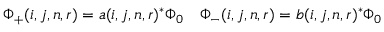
\Phi _ { + } ( i , j , n , r ) = a ( i , j , n , r ) ^ { * } \Phi _ { 0 } \quad \Phi _ { - } ( i , j , n , r ) = b ( i , j , n , r ) ^ { * } \Phi _ { 0 }